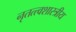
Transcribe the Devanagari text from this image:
नृतत्त्वशास्त्रीय